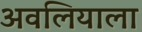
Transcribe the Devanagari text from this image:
अवलियाला